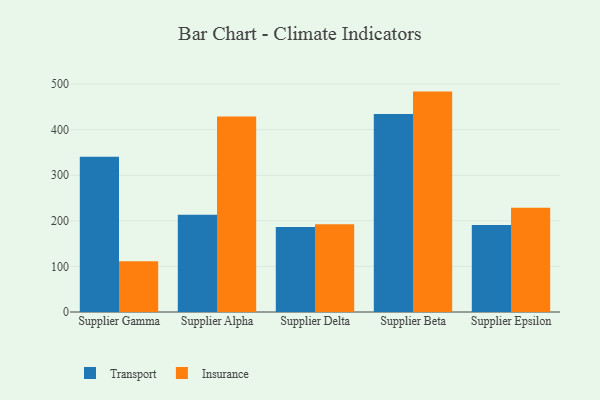
{"axis": {"x": "Supplier", "y": "Tickets Resolved"}, "legend": ["Insurance", "Transport"], "data": [{"x": "Supplier Gamma", "y": 340.3, "type": "Transport"}, {"x": "Supplier Gamma", "y": 111.5, "type": "Insurance"}, {"x": "Supplier Alpha", "y": 213.3, "type": "Transport"}, {"x": "Supplier Alpha", "y": 429.0, "type": "Insurance"}, {"x": "Supplier Delta", "y": 186.3, "type": "Transport"}, {"x": "Supplier Delta", "y": 192.2, "type": "Insurance"}, {"x": "Supplier Beta", "y": 434.0, "type": "Transport"}, {"x": "Supplier Beta", "y": 483.4, "type": "Insurance"}, {"x": "Supplier Epsilon", "y": 190.7, "type": "Transport"}, {"x": "Supplier Epsilon", "y": 228.7, "type": "Insurance"}]}